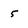
Character: 5